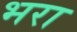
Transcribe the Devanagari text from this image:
भ्‍ारा